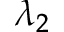
\lambda _ { 2 }